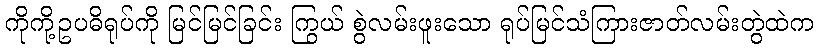
ကိုကို့ဥပဓိရုပ်ကို မြင်မြင်ခြင်း ကြွယ် စွဲလမ်းဖူးသော ရုပ်မြင်သံကြားဇာတ်လမ်းတွဲထဲက